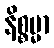
နိစ္စမ္မာ